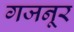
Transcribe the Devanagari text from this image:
गजनूर